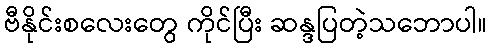
ဗီနိုင်းစလေးတွေ ကိုင်ပြီး ဆန္ဒပြတဲ့သဘောပါ။